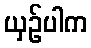
ယှဉ်ပါက